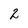
Character: 2